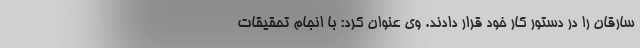
سارقان را در دستور کار خود قرار دادند. وی عنوان کرد: با انجام تحقیقات